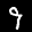
Label: 9